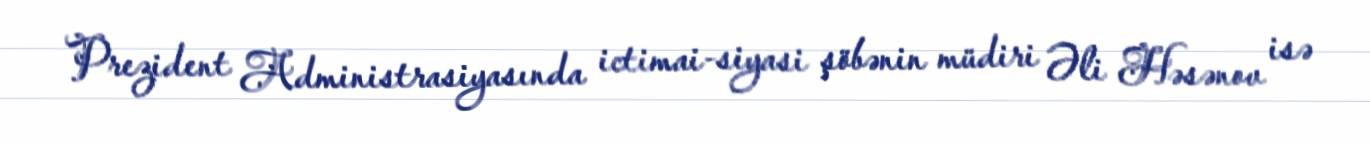
Prezident Administrasiyasında ictimai-siyasi şöbənin müdiri Əli Həsənov isə